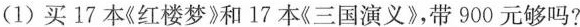
(1)买17本《红楼梦》和17本《三国演义》，带900元够吗?